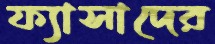
ফ্যাসাদের